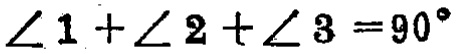
$\angle 1+\angle 2+\angle 3 = 90^{\circ}$